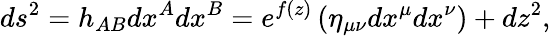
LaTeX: ds^{2}=h_{AB}dx^{A}dx^{B}=e^{f(z)}\left(\eta_{\mu\nu}dx^{\mu}dx^{\nu}\right)+dz^{2},